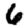
Digit: 6